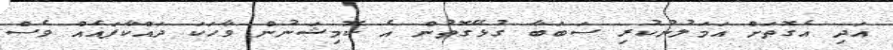
އަދި އެގޮތަށް އަމަލުނުކުރި ސަބަބާ ގުޅޭގޮތުން އެ ކޮމިޝަނުން ވާހަކަ ދައްކާފައެއް ވެސް